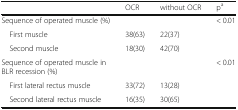
|  | OCR | without OCR | pa |
 | --- | --- | --- | --- |
 | Sequence of operated muscle (%) |  |  | < 0.01 |
 | First muscle | 38(63) | 22(37) |  |
 | Second muscle | 18(30) | 42(70) |  |
 | Sequence of operated muscle in BLR recession (%) |  |  | < 0.01 |
 | First lateral rectus muscle | 33(72) | 13(28) |  |
 | Second lateral rectus muscle | 16(35) | 30(65) |  |